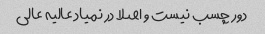
دور چسب نیست و اصلا در نمیاد عالیه عالی